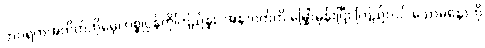
ဘဝရဲကအတိတ်ကိုမေ့၊ ပစ္စုပ္ပန်ကိုကြည်နူး၊ အနာဂတ်ကို မြှော်မှန်းပြီး ကြည်လင် သောမနောကို